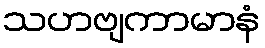
သဟဗျကာမာနံ